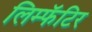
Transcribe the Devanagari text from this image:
लिम्फॅटिर